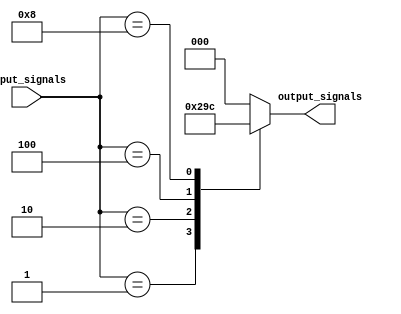
module priority_encoder_decoder(
  input [7:0] input_signals,
  output reg [2:0] output_signals
);

always @(*)
begin
  case(input_signals)
    8'b00000001: output_signals = 3'b001; // input signal 1 has priority
    8'b00000010: output_signals = 3'b010; // input signal 2 has priority
    8'b00000100: output_signals = 3'b011; // input signal 3 has priority
    8'b00001000: output_signals = 3'b100; // input signal 4 has priority
    default: output_signals = 3'b000; // input signal 5 has priority or no prioritized input
  endcase
end

endmodule